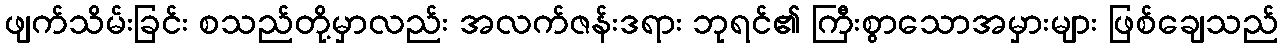
ဖျက်သိမ်းခြင်း စသည်တို့မှာလည်း အလက်ဇန်းဒရား ဘုရင်၏ ကြီးစွာသောအမှားများ ဖြစ်ချေသည်